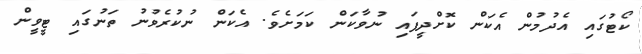
ކޯޓުގައި އެދުމުން އެކަން ކޮށްދީފައި ނުވާކަން ކަމަށެވެ. އެކަން ނުކުރެވުނު ތަނުގައި ޓީވީން